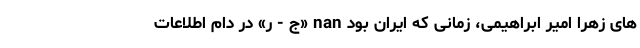
های زهرا امیر ابراهیمی، زمانی که ایران بود nan «ج - ر» در دام اطلاعات